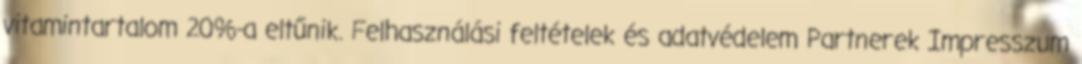
vitamintartalom 20%-a eltűnik. Felhasználási feltételek és adatvédelem Partnerek Impresszum